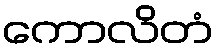
ကောလိတံ